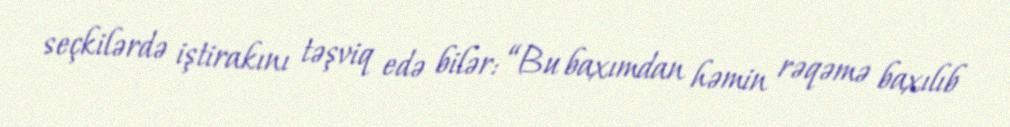
seçkilərdə iştirakını təşviq edə bilər: “Bu baxımdan həmin rəqəmə baxılıb